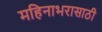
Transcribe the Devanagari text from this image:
महिनाभरासाठी